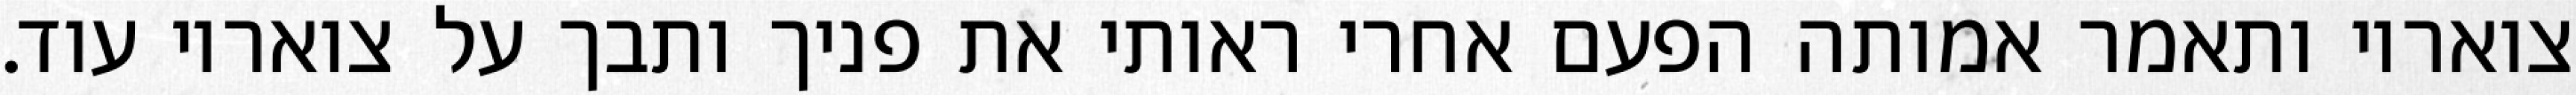
צואריו ותאמר אמותה הפעם אחרי ראותי את פניך ותבך על צואריו עוד.